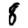
Digit: 8